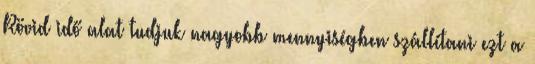
Rövid idő alat tudjuk nagyobb mennyiségben szállítani ezt a